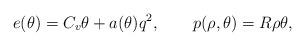
LaTeX: \begin{align*}e(\theta)= C_v \theta+a(\theta)q^2, \qquad p(\rho, \theta)=R \rho \theta,\end{align*}